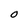
Character: O